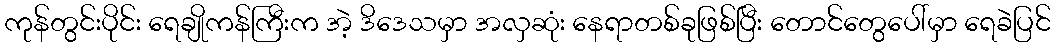
ကုန်တွင်းပိုင်း ရေချိုကန်ကြီးက အဲ့ ဒိဒေသမှာ အလှဆုံး နေရာတစ်ခုဖြစ်ပြီး တောင်တွေပေါ်မှာ ရေခဲပြင်